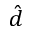
\hat { d }